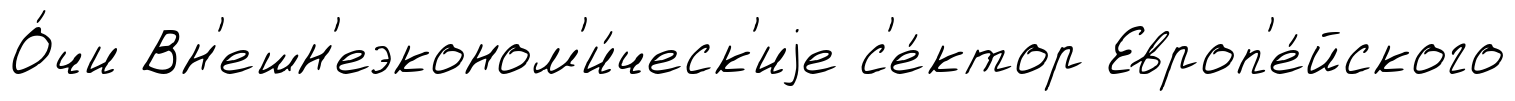
О́чи Вн'ешн'еэконом'и́ческ'иjе с'е́ктор Европ'е́йского